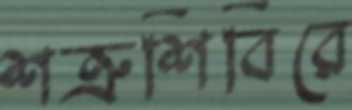
শত্রুশিবিরে